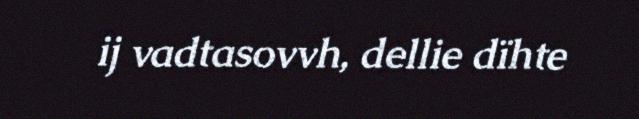
ij vadtasovvh, dellie dïhte